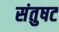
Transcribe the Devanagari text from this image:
संतुषट